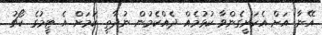
އޭނާ އަށް އެކަށީގެންވާ ކުޅުމެއް ދެއްކެމުން ނުދާތީ ކަމަށް އެ ޓީމުގެ ކޯޗު